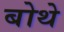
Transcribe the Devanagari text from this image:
बोथे